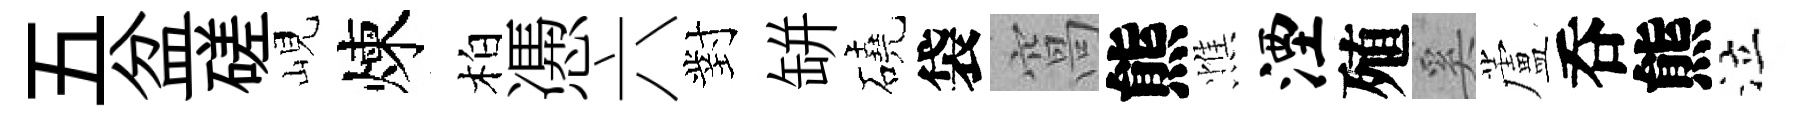
五盆磋峴煉柏慿六對缾磽袋窩熊憔湮殖奚蘆呑熊泣